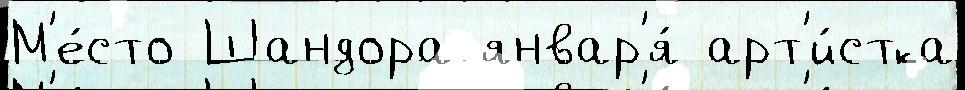
М'е́сто Шандора январ'я́ арт'и́стка